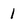
Character: 1